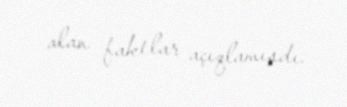
alan faktlar açıqlamışdı.